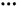
···